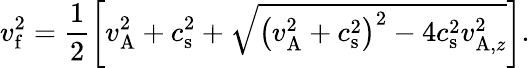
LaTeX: v_{\mathrm{f}}^{2}=\frac{1}{2}\left[v_{\mathrm{A}}^{2}+c_{\mathrm{s}}^{2}+\sqrt{\left(v_{\mathrm{A}}^{2}+c_{\mathrm{s}}^{2}\right)^{2}-4c_{\mathrm{s}}^{2}v_{\mathrm{A},z}^{2}}\right].